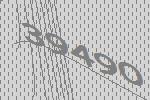
39490